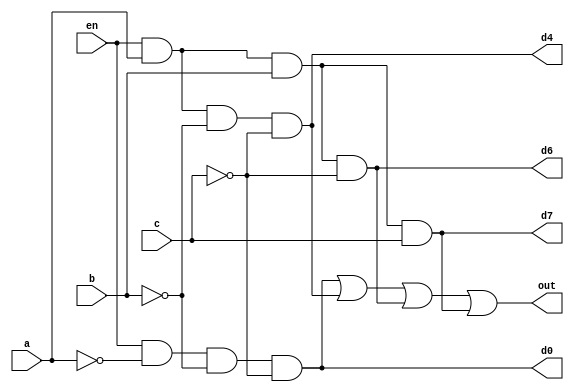
module activeHigh3X8(
    en, a, b, c, d0, d4, d6, d7, out
);

input en, a, b, c;
output d0, d4, d6, d7;
// wire d0, d4, d6, d7;
output out;

assign d0 = en & ~a & ~b & ~c;
// assign d1 = en & ~a & ~b & c;
// assign d2 = en & ~a & b & ~c;
// assign d3 = en & ~a & b & c;
assign d4 = en & a & ~b & ~c;
// assign d5 = en & a & ~b & c;
assign d6 = en & a & b & ~c;
assign d7 = en & a & b & c;

assign out = d0 | d4 | d6 | d7;
    
endmodule

module activeHighDecoder3X8_tb;
reg en, a, b, c;
wire d0, d4, d6, d7, out;

activeHigh3X8 exp(en, a, b, c, d0, d4, d6, d7, out);

initial begin
    en=1'b1; a=1'b0; b=1'b0; c=1'b0;
    $monitor("Time:%f, en=%b a=%b b=%b c=%b, d0=%b, d4=%b, d6=%b, d7=%b, out=%b", $time, en, a, b, c, d0, d4, d6, d7, out );
    #5 en=1'b1; a=1'b0; b=1'b0; c=1'b0;
    #5 en=1'b1; a=1'b0; b=1'b0; c=1'b1;
    #5 en=1'b1; a=1'b0; b=1'b1; c=1'b0;
    #5 en=1'b1; a=1'b0; b=1'b1; c=1'b1;
    #5 en=1'b1; a=1'b1; b=1'b0; c=1'b0;
    #5 en=1'b1; a=1'b1; b=1'b0; c=1'b1;
    #5 en=1'b1; a=1'b1; b=1'b1; c=1'b0;
    #5 en=1'b1; a=1'b1; b=1'b1; c=1'b1;
end
endmodule